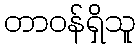
တာဝန်ရှိသူ